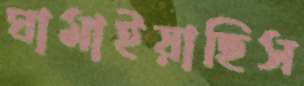
ঘামাইয়াছিস